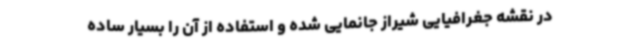
در نقشه جغرافیایی شیراز جانمایی شده و استفاده از آن را بسیار ساده